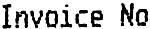
INVOICE NO